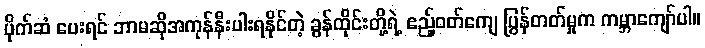
ပိုက်ဆံ ပေးရင် ဘာမဆိုအကုန်နီးပါးရနိုင်တဲ့ ခွန်ထိုင်းတို့ရဲ့ ဧည့်ဝတ်ကျေ ပြွန်တတ်မှုက ကမ္ဘာကျော်ပါ။